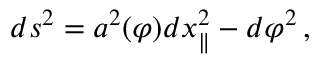
d s ^ { 2 } = a ^ { 2 } ( \varphi ) d x _ { \parallel } ^ { 2 } - d \varphi ^ { 2 } \, ,